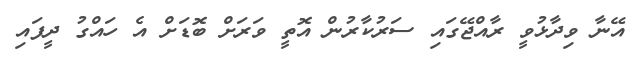
އޭނާ ވިދާޅުވީ ރާއްޖޭގައި ސަރުކާރުން އޮތީ ވަރަށް ބޮޑަށް އެ ހައްގު ދީފައި